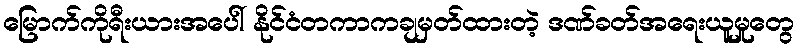
မြောက်ကိုရီးယားအပေါ် နိုင်ငံတကာကချမှတ်ထားတဲ့ ဒဏ်ခတ်အရေးယူမှုတွေ